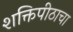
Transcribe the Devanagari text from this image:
शक्तिपीठाचा